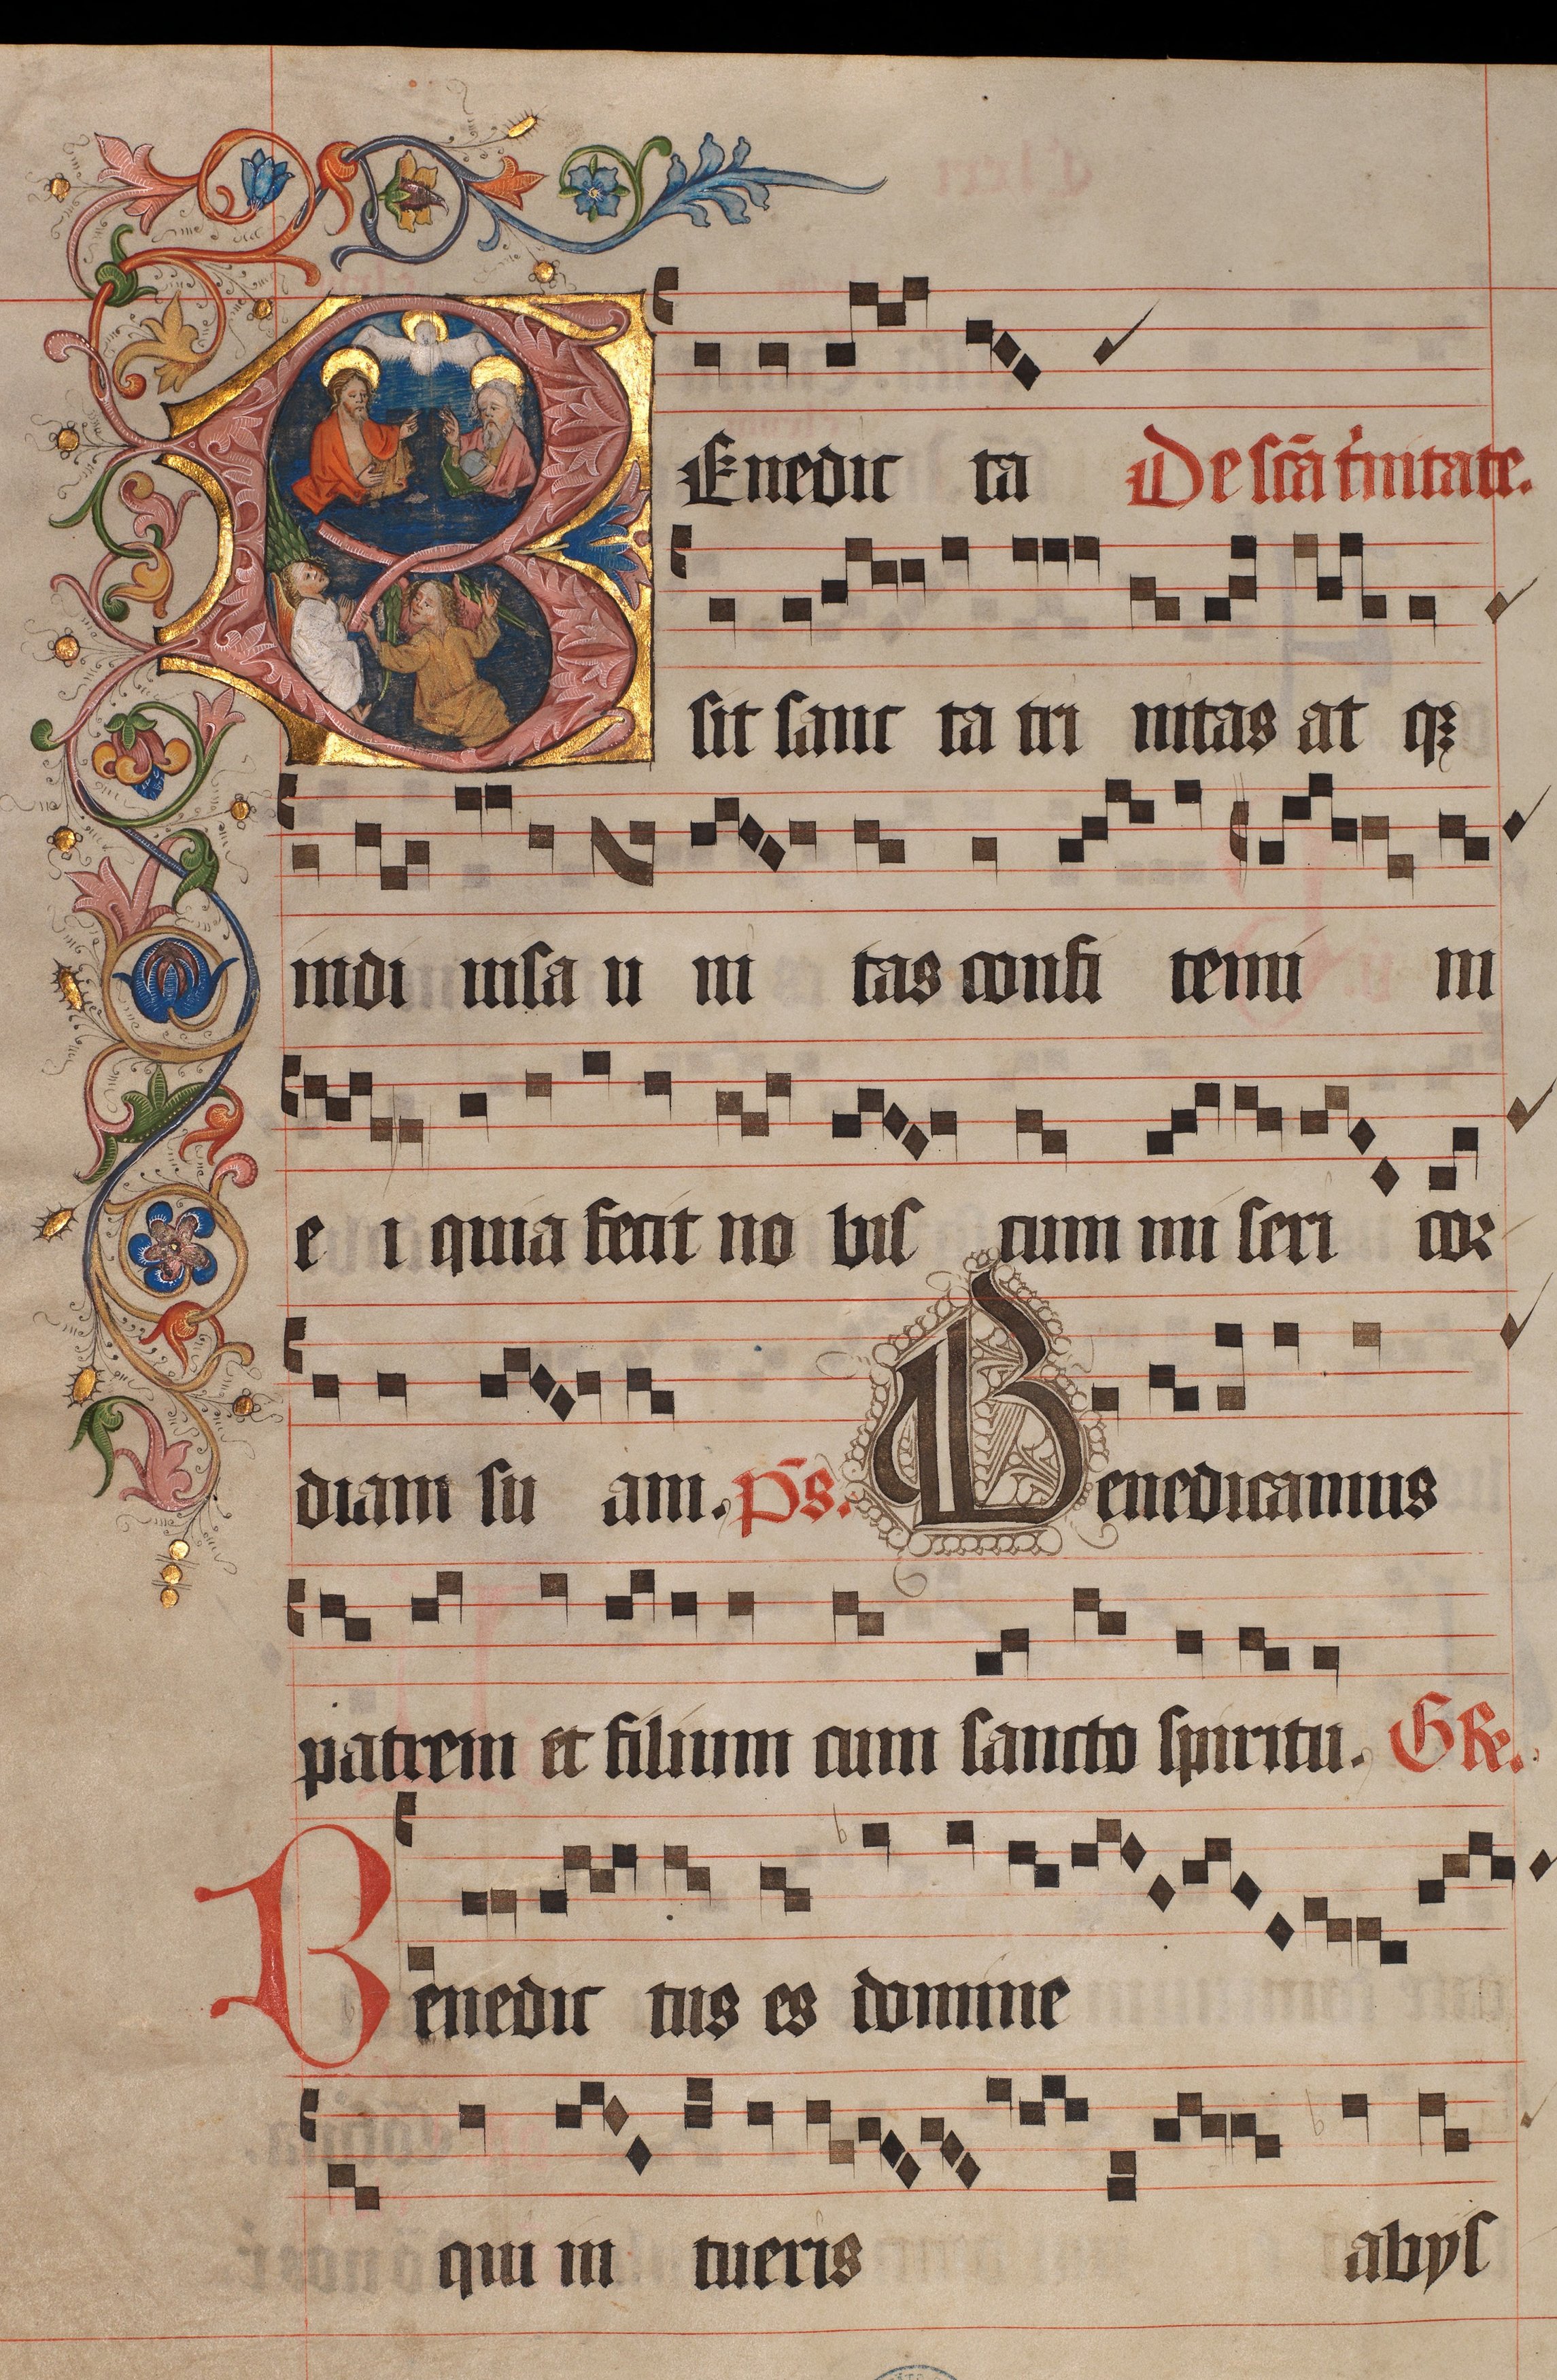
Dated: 1445–1475